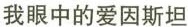
我眼中的爱因斯坦